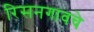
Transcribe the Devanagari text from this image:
रिसनगावचे